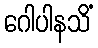
ဂေါပါနသိံ